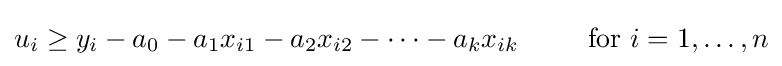
u_{i}\geq y_{i}-a_{0}-a_{1}x_{i1}-a_{2}x_{i2}-\cdots -a_{k}x_{ik}\,\ \,\ \,\ \,\ \,\ {\text{for }}i=1,\ldots ,n